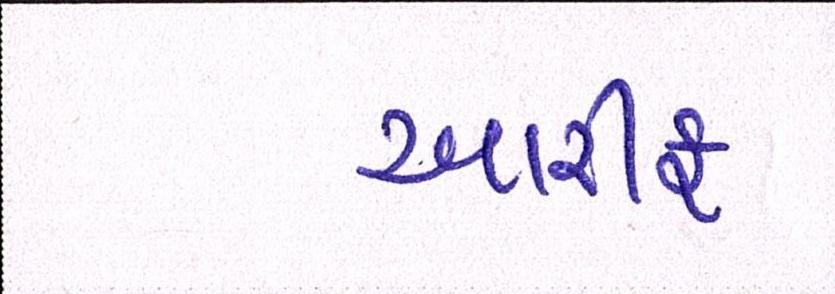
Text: આરીફ